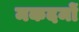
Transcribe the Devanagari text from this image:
मकदमों